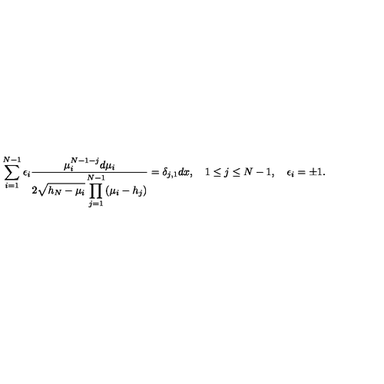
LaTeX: \sum _ { i = 1 } ^ { N - 1 } \epsilon _ { i } { \frac { \mu _ { i } ^ { N - 1 - j } d \mu _ { i } } { \displaystyle 2 \sqrt { h _ { N } - \mu _ { i } } \prod _ { j = 1 } ^ { N - 1 } ( \mu _ { i } - h _ { j } ) } } = \delta _ { j , 1 } d x , \quad 1 \leq j \leq N - 1 , \quad \epsilon _ { i } = \pm 1 .